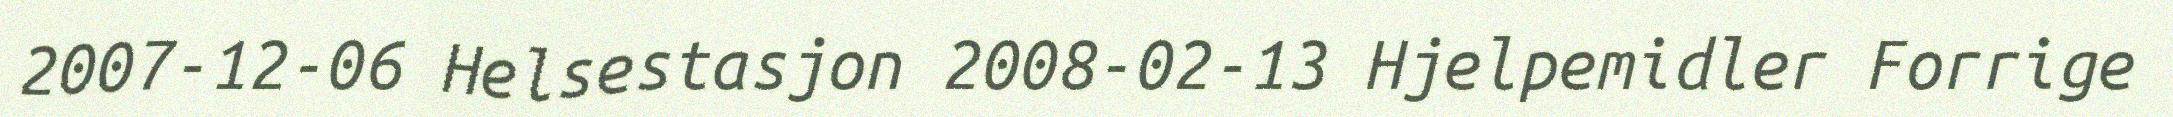
2007-12-06 Helsestasjon 2008-02-13 Hjelpemidler Forrige